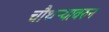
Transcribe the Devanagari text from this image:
चौथऱ्यावरुन